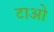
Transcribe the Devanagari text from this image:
टाओ